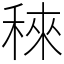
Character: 䅘